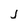
Character: j